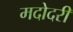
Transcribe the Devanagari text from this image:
मदोदरी